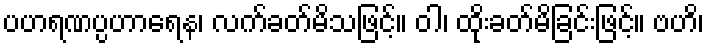
ပဟရဏပ္ပဟာရေန၊ လက်ခတ်မိသဖြင့်။ ဝါ၊ ထိုးခတ်မိခြင်းဖြင့်။ ဗဟိ၊